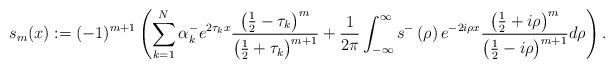
LaTeX: \begin{align*}s_{m}(x):=(-1)^{m+1}\left( \sum_{k=1}^{N}\alpha_{k}^{-}e^{2\tau_{k}x}\frac{\left( \frac{1}{2}-\tau_{k}\right) ^{m}}{\left( \frac{1}{2}+\tau_{k}\right) ^{m+1}}+\frac{1}{2\pi}\int_{-\infty}^{\infty}s^{-}\left(\rho\right) e^{-2i\rho x}\frac{\left( \frac{1}{2}+i\rho\right) ^{m}}{\left( \frac{1}{2}-i\rho\right) ^{m+1}}d\rho\right) . \end{align*}